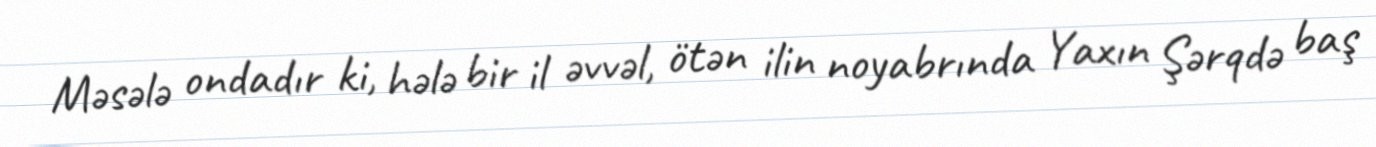
Məsələ ondadır ki, hələ bir il əvvəl, ötən ilin noyabrında Yaxın Şərqdə baş